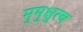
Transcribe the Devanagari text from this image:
मुमुक्षुत्व